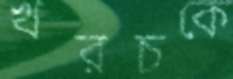
খরচকে